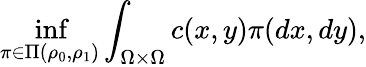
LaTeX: \operatorname*{inf}_{\pi\in\Pi(\rho_{0},\rho_{1})}\int_{\Omega\times\Omega}c(x,y)\pi(dx,dy),